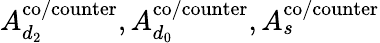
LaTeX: A_{d_{2}}^{\mathrm{{co/counter}}},A_{d_{0}}^{\mathrm{{co/counter}}},A_{s}^{\mathrm{{co/counter}}}